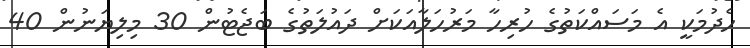
ހެދުމަކީ އެ މަސައްކަތުގެ ހުރިހާ މަރުހަލާއަކަށް ދައުލަތުގެ ބަޖެޓުން 30 މިލިޔަނުން 40